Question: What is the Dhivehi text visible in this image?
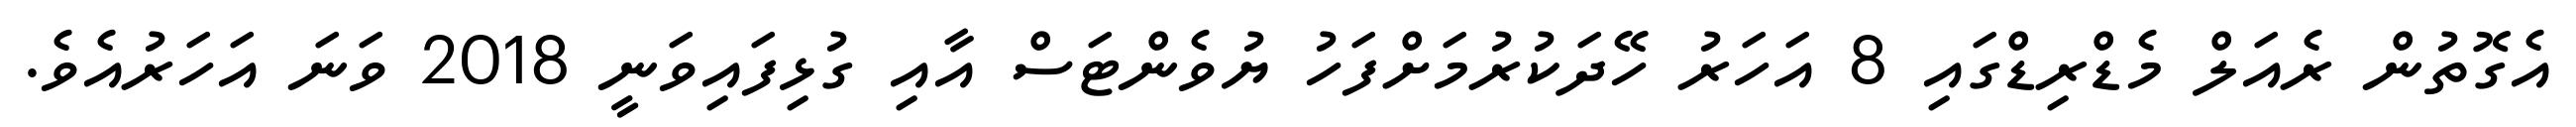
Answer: އެގޮތުން ރެއަލް މެޑްރިޑްގައި 8 އަހަރު ހޭދަކުރުމަށްފަހު ޔުވެންޓަސް އާއި ގުޅިފައިވަނީ 2018 ވަނަ އަހަރުއެވެ.